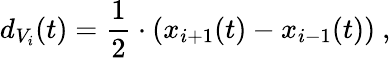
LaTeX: d_{V_{i}}(t)=\frac{1}{2}\cdot(x_{i+1}(t)-x_{i-1}(t))\ ,